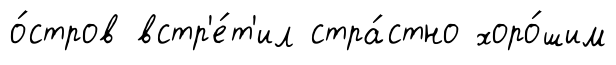
о́стров встр'е́т'ил стра́стно хоро́шим